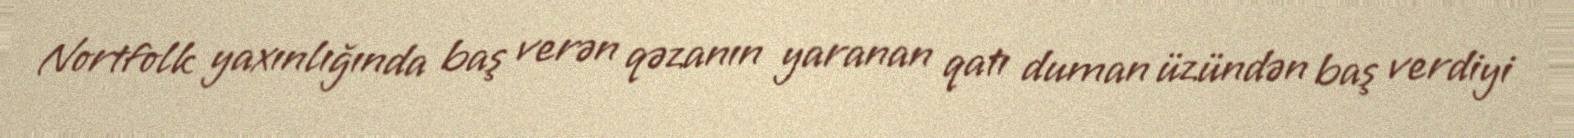
Nortfolk yaxınlığında baş verən qəzanın yaranan qatı duman üzündən baş verdiyi